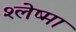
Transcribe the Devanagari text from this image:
श्‍लेष्‍मा